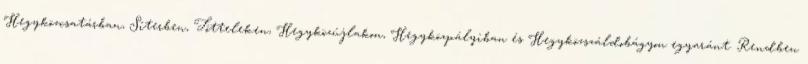
Hegyközcsatárban, Síterben, Tótteleken, Hegyközújlakon, Hegyközpályiban és Hegyközszáldobágyon egyaránt. Rendben